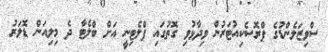
ސްވިޒަލެންޑުގެ ޕްރޮސެކިއުޓަރުން ވިދާޅުވި ގޮތުގައި ޕްލެޓިނީ އަށް ބްލެޓާ ދެ މިލިއަން ޑޮލަރު